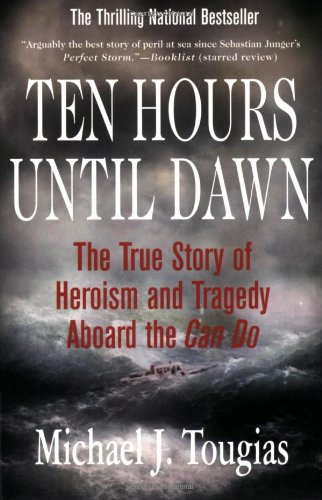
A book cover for Ten Hours Until Dawn: The True Story of Heroism and Tragedy Aboard the Can Do; Michael J. Tougias; Engineering & Transportation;